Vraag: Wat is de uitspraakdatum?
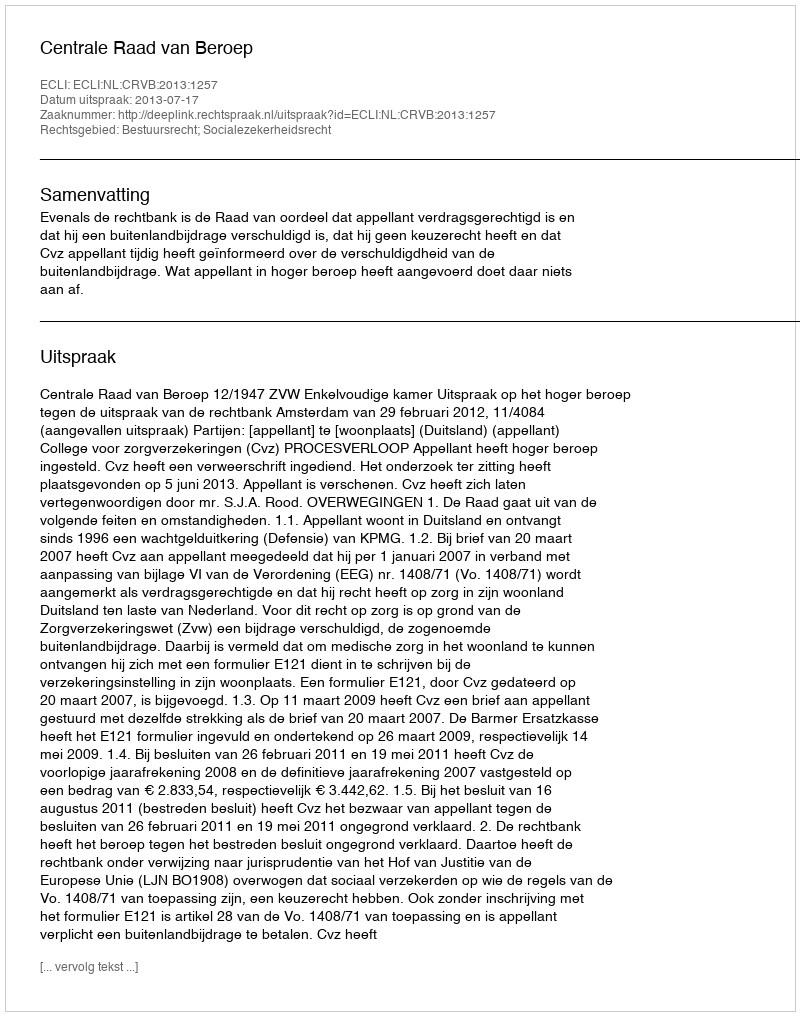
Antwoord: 2013-07-17